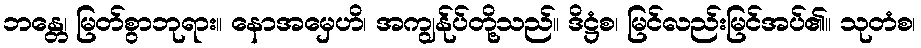
ဘန္တေ၊ မြတ်စွာဘုရား။ နောအမှေဟိ၊ အကျွန်ုပ်တို့သည်။ ဒိဋ္ဌံစ၊ မြင်လည်းမြင်အပ်၏။ သုတံစ၊